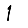
Digit: 1